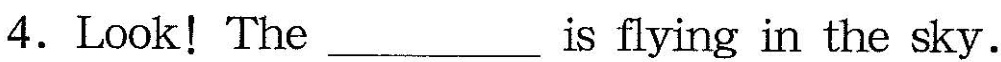
4.Look!The___is flying in the sky.